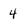
Character: 4